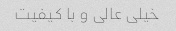
خیلی عالی و با کیفیت